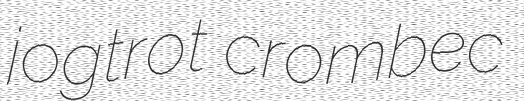
jogtrot crombec